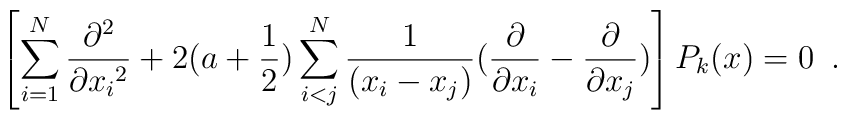
\left[ \sum_{i=1}^{N} \frac{\partial^2}{\partial {x_i}^2} + 2 (a + \frac {1}{2}) \sum_{i<j}^N \frac{1}{(x_i - x_j)}(\frac{\partial}{\partial x_i} -\frac{\partial}{\partial x_j}) \right]P_k (x) = 0 \,\,\,.